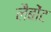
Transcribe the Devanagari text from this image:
लैबोंट